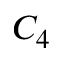
C _ { 4 }